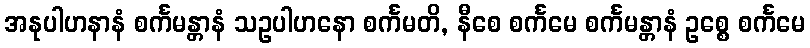
အနုပါဟနာနံ စင်္ကမန္တာနံ သဥပါဟနော စင်္ကမတိ, နီစေ စင်္ကမေ စင်္ကမန္တာနံ ဥစ္စေ စင်္ကမေ